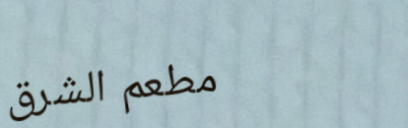
مطعم الشرق